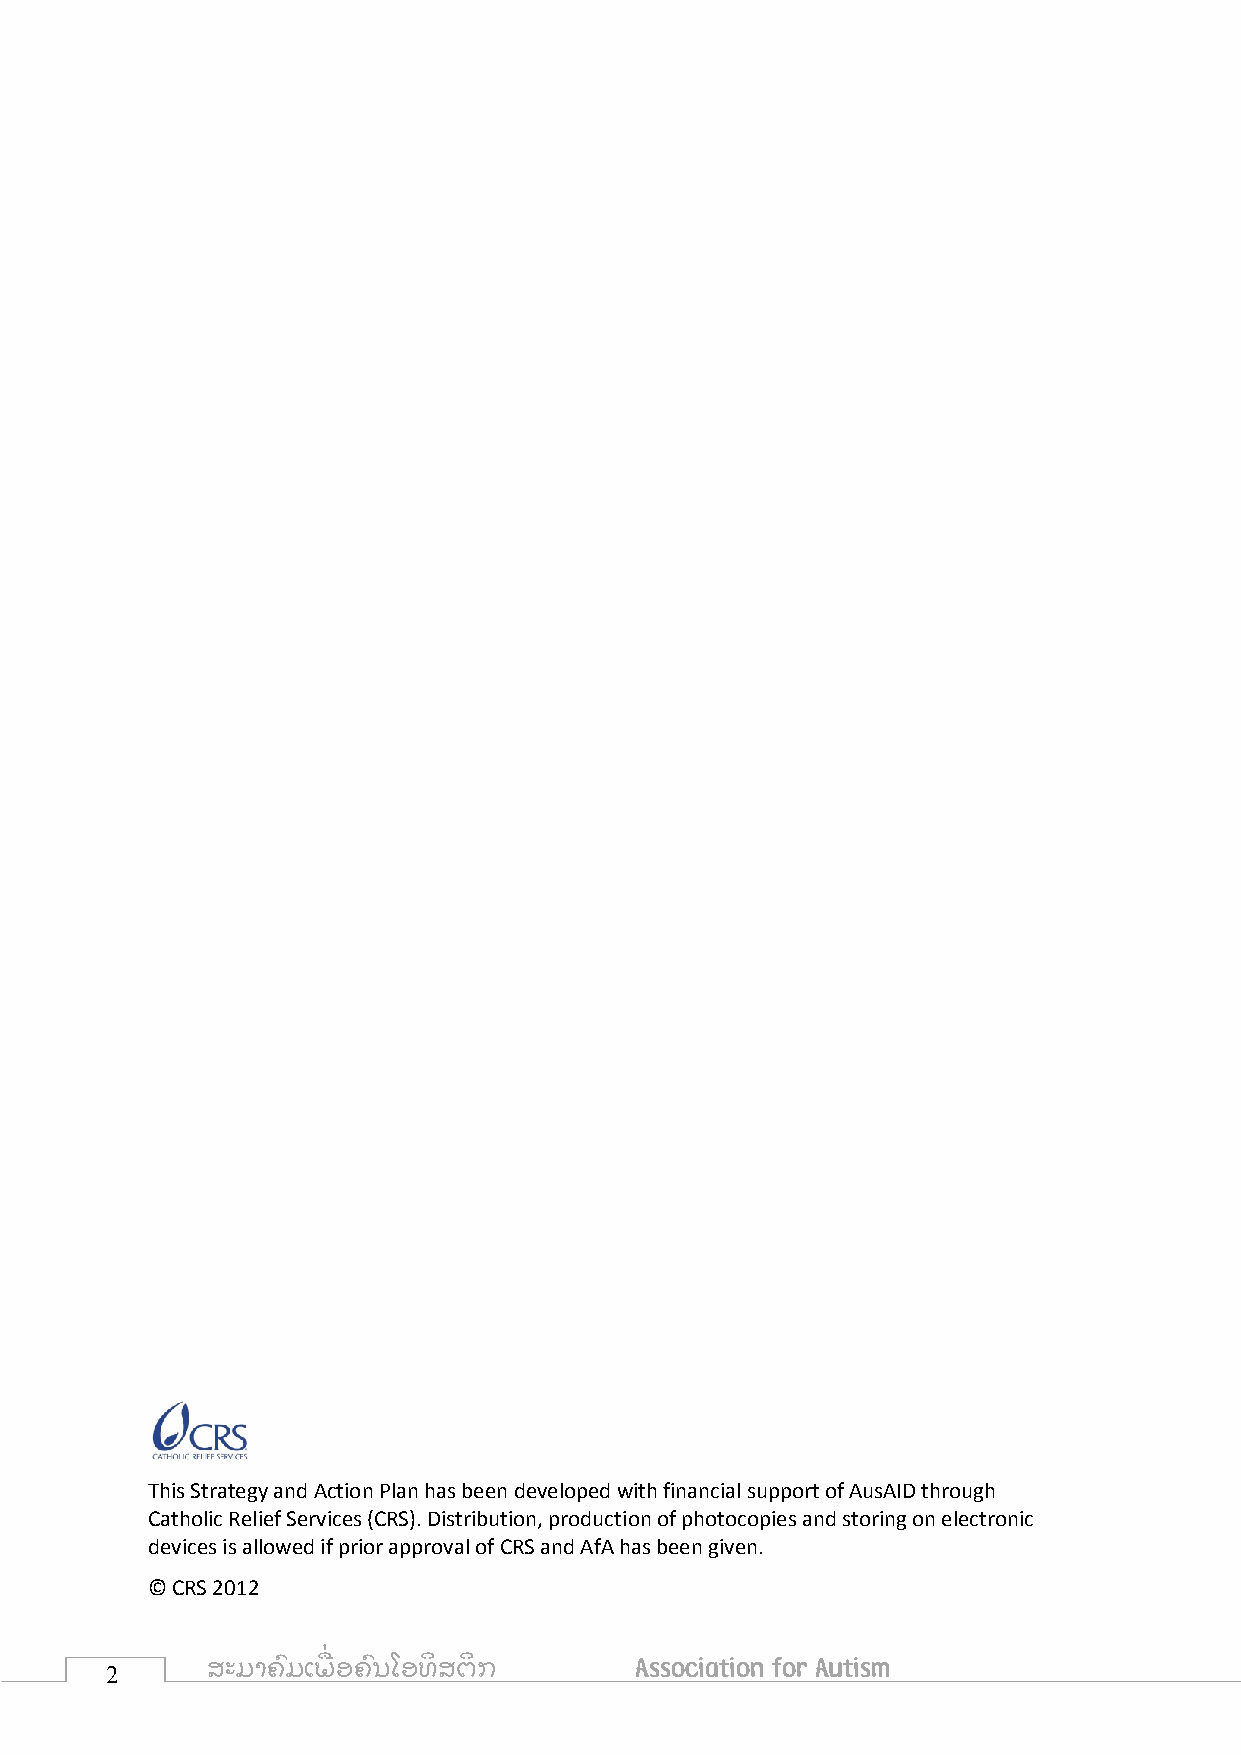
This Strategy and Action Plan has been developed with financial support of AusAID through
 Catholic Relief Services (CRS). Distribution, production of photocopies and storing on electronic
 devices is allowed if prior approval of CRS and AfA has been given.
 © CRS 2012
 2      ສະມາຄົ ມເພ ື່ ອຄົ ນໂອທິ ສຕິ ກ Association for Autism